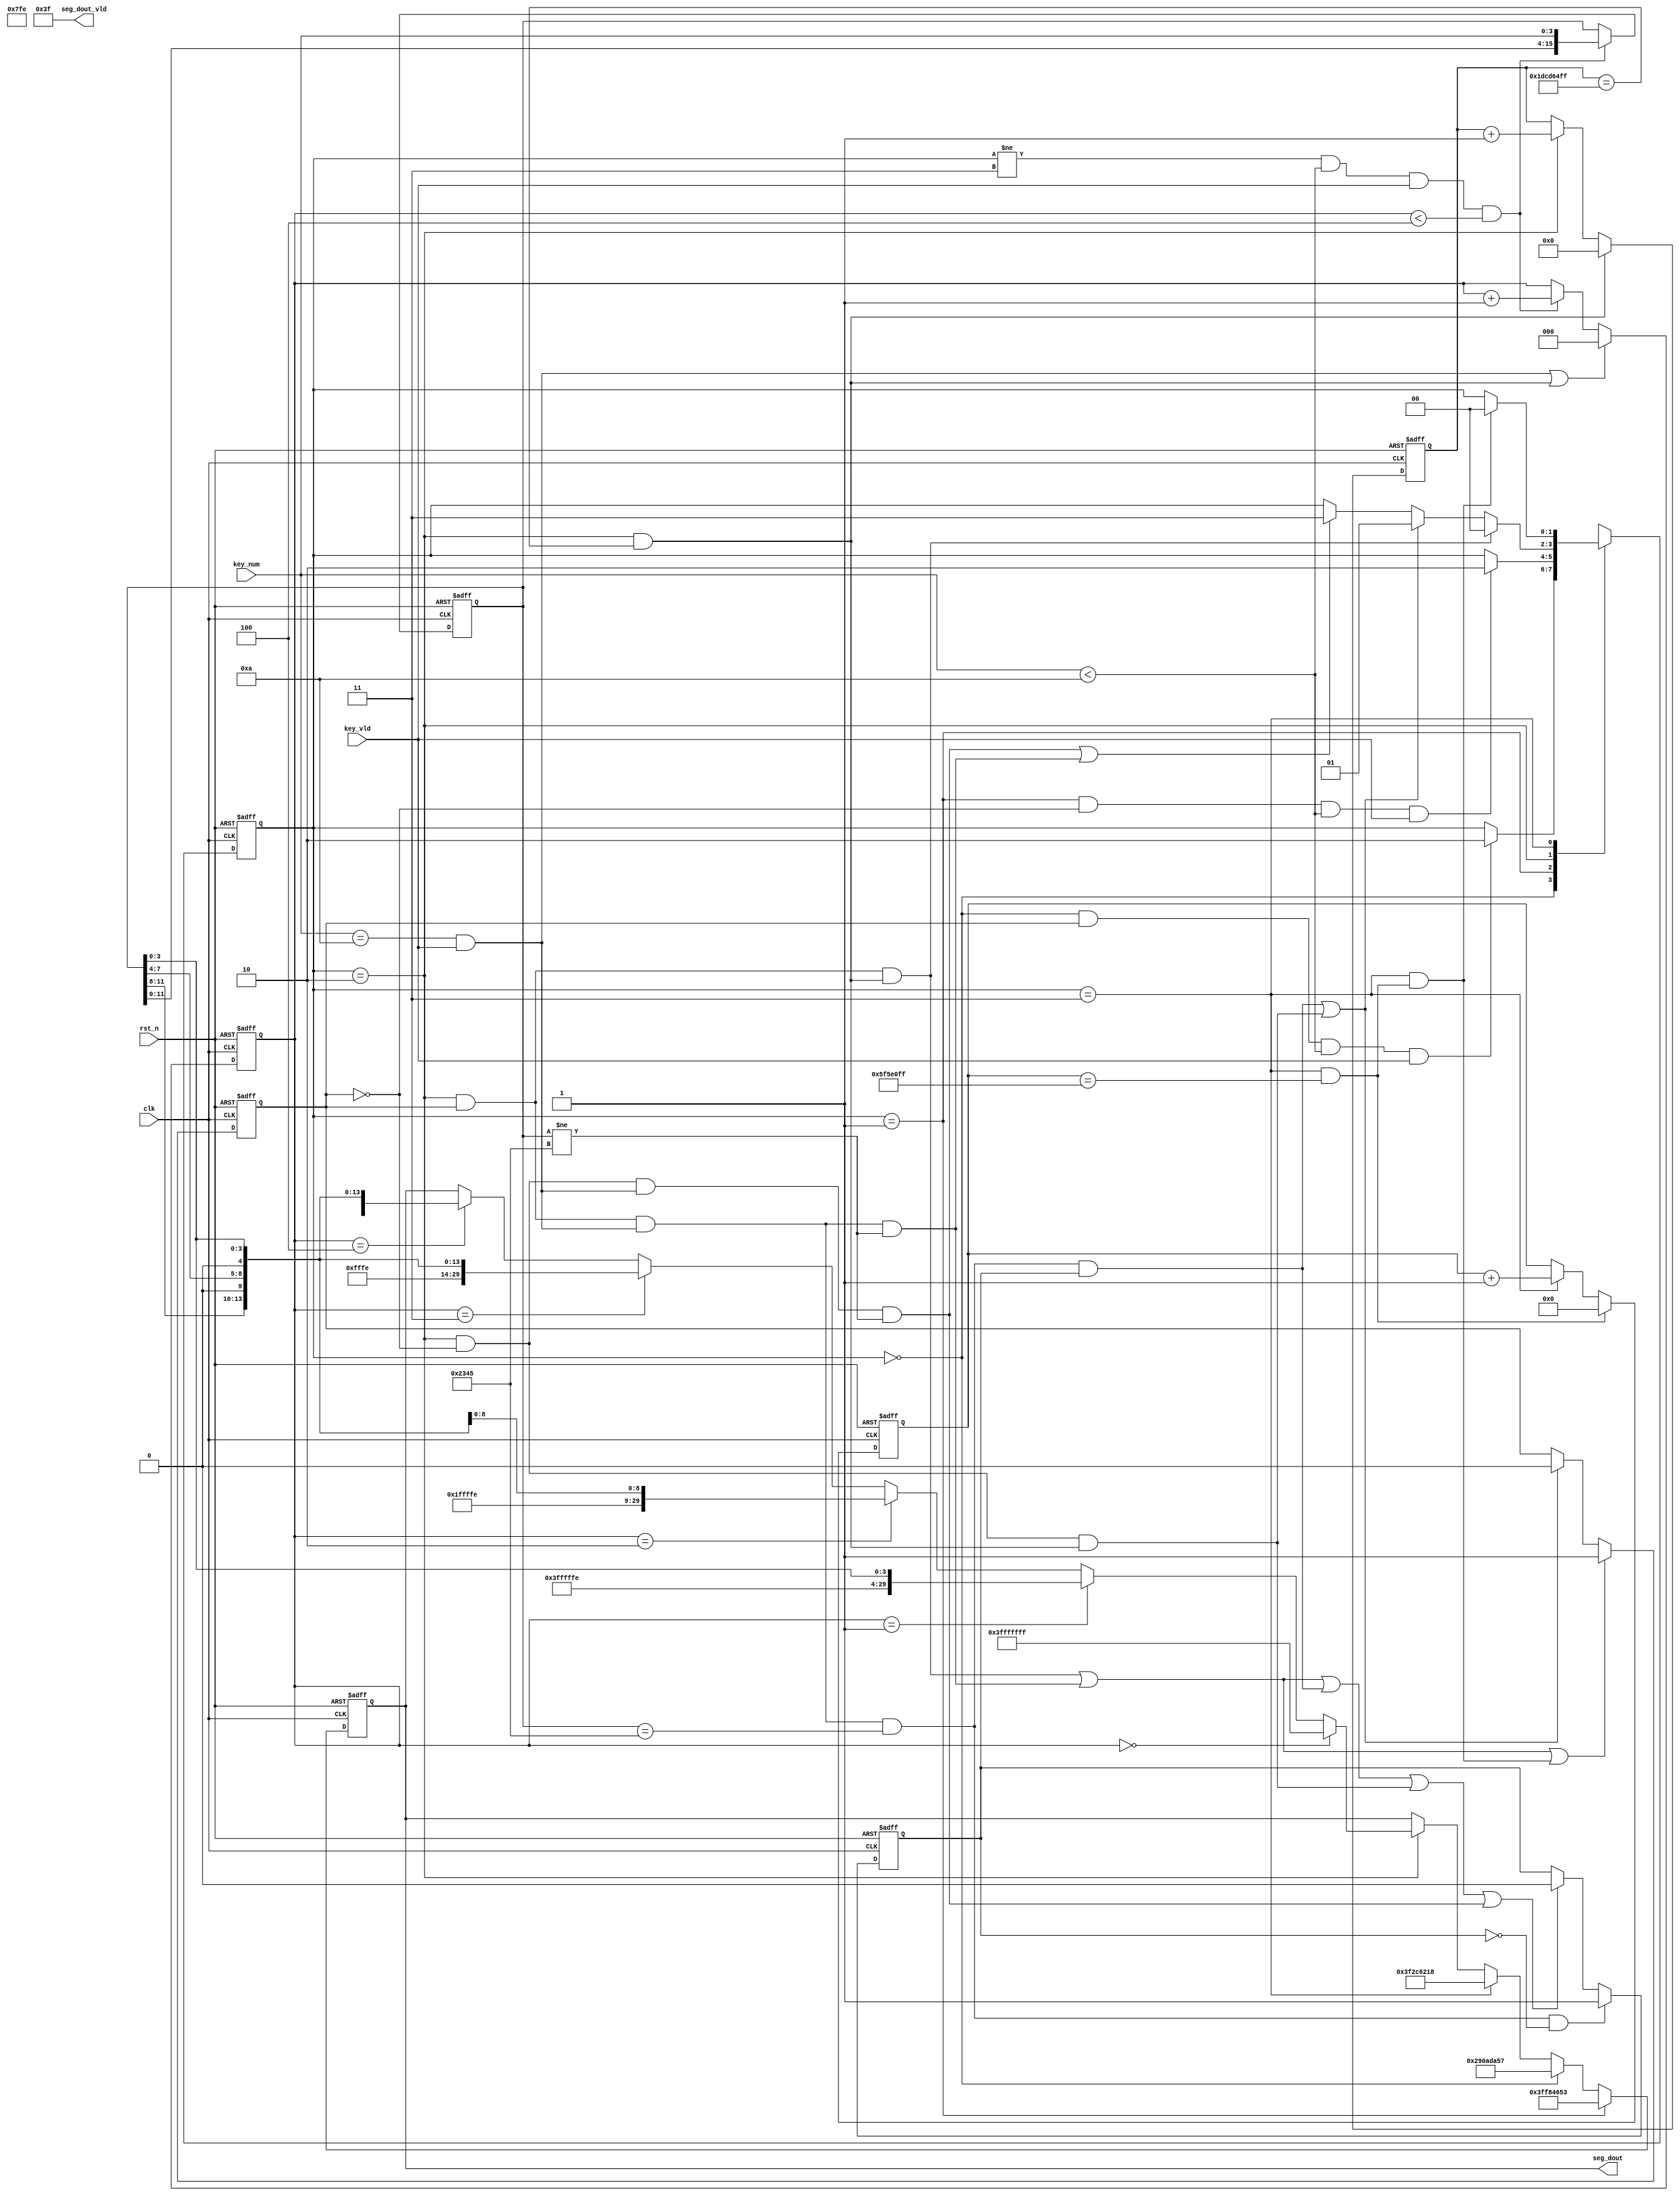
module control(
    clk             ,
    rst_n           ,

    key_num         ,
    key_vld         ,

    seg_dout        , 
    seg_dout_vld     
    
    );

   parameter PASSWORD_INI     = 16'h2345    ; 
    parameter CHAR_O           = 5'h10       ; 
    parameter CHAR_P           = 5'h11       ; 
    parameter CHAR_E           = 5'h12       ; 
    parameter CHAR_N           = 5'h13       ; 
    parameter CHAR_L           = 5'h14       ; 
    parameter CHAR_C           = 5'h15       ; 
    parameter CHAR_K           = 5'h16       ; 
    parameter CHAR_D           = 5'h17       ; 
    parameter CHAR_R           = 5'h18       ; 
    parameter NONE_DIS         = 5'h1F       ; 

    parameter C_10S_WID        = 29          ;
    parameter C_10S_NUM        = 500_000_000 ;
    parameter C_2S_WID         = 27          ;
  parameter C_2S_NUM         = 100_000_000 ;
    parameter C_PWD_WID        = 3           ;

    input               clk                 ;
    input               rst_n               ;
    input [3:0]         key_num             ;
    input               key_vld             ;

    output[6*5-1:0]     seg_dout            ;
    output[5:0]         seg_dout_vld        ;

   reg   [6*5-1:0]     seg_dout            ;
      wire  [5:0]         seg_dout_vld        ;

    reg   [1:0]         state_c   /* synthesis preserve */          ;
   reg   [1:0]         state_n             ;
    reg                 lock_stata_flag     ;
    reg                 password_correct_twice  ;
    
   reg   [C_2S_WID-1:0]    cnt_2s          ; 
    reg   [C_10S_WID-1:0]   cnt_10s_nvld    ;
    reg   [C_PWD_WID-1:0]   cnt_password    ;
    
   reg   [15:0]            password        ;
    
    parameter LOCKED    = 2'b00             ;
    parameter OPEN      = 2'b01             ;
    parameter PASSWORD  = 2'b10             ;
    parameter ERROR     = 2'b11             ;

    always@(posedge clk or negedge rst_n)begin
        if(!rst_n)begin
            state_c <= LOCKED;
        end
        else begin
            state_c <= state_n;   
               end
    end

    always@(*)begin
        case(state_c)
            LOCKED:begin
               if(locked2password_switch)begin
                   state_n = PASSWORD;
                end
                else begin
                   state_n = state_c;
                end
            end
            OPEN:begin
                if(open2password_switch)begin
                  state_n = PASSWORD;
                end
                else begin
                    state_n = state_c;
                end
           end            
            PASSWORD:begin
                if(password2locked_switch0)begin
                   state_n = LOCKED;
                end
                else if(password2open_switch0 || password2open_switch1)begin
                    state_n = OPEN;
                end
                else if(password2error_switch || password2locked_switch1)begin
                    state_n = ERROR;
                end
                else begin
                    state_n = state_c;
                end
            end
            ERROR:begin
                if(error2locked_switch0 )begin
                   state_n = LOCKED;
                end
                else begin
                    state_n = state_c;
                end
            end
            default:begin
              state_n = LOCKED;
            end
        endcase
    end
    assign locked2password_switch    = state_c==LOCKED   &&  lock_stata_flag && key_num<10 && key_vld;
    assign open2password_switch      = state_c==OPEN     && !lock_stata_flag && key_num<10 && key_vld;
    assign password2locked_switch0   = state_c==PASSWORD &&  lock_stata_flag && end_cnt_10s_nvld;
    assign password2locked_switch1   = state_c==PASSWORD &&  lock_stata_flag && confirm && password!=PASSWORD_INI ;
   assign password2open_switch0     = state_c==PASSWORD &&  lock_stata_flag && confirm && password==PASSWORD_INI &&  password_correct_twice;
    assign password2open_switch1     = state_c==PASSWORD && !lock_stata_flag && end_cnt_10s_nvld;
   assign password2error_switch     = state_c==PASSWORD && !lock_stata_flag && confirm && password!=PASSWORD_INI;
    assign error2locked_switch0      = state_c==ERROR    &&  end_cnt_2s;


    always  @(posedge clk or negedge rst_n)begin
      if(rst_n==1'b0)begin
           lock_stata_flag <= 1;
       end
       else if(password2locked_switch0 || password2locked_switch1 || error2locked_switch0)begin
            lock_stata_flag <= 1;
        end
        else if(password2open_switch0 || password2open_switch1 )begin
          lock_stata_flag <= 0;
      end
 end
   
   always  @(posedge clk or negedge rst_n)begin
       if(rst_n==1'b0)begin
           cnt_10s_nvld <= 0;
       end
        else if(end_cnt_10s_nvld)begin
            cnt_10s_nvld <= 0;
      end
        else if(add_cnt_10s_nvld)begin
            cnt_10s_nvld <= cnt_10s_nvld + 1;
        end
   end
   
   assign add_cnt_10s_nvld = state_c==PASSWORD;
    assign end_cnt_10s_nvld = add_cnt_10s_nvld && cnt_10s_nvld==C_10S_NUM-1;

   assign confirm = key_num==10 && key_vld;

    always  @(posedge clk or negedge rst_n)begin
        if(rst_n==1'b0)begin
           password_correct_twice <= 0;
       end
       else if(state_c==PASSWORD && lock_stata_flag && confirm && password==PASSWORD_INI && !password_correct_twice)begin
           password_correct_twice <= 1;
      end
       else if(password2locked_switch0 || password2locked_switch1 || password2open_switch0 || password2open_switch1 || password2error_switch)begin
            password_correct_twice <= 0;
      end
    end
    
   always  @(posedge clk or negedge rst_n)begin
        if(rst_n==1'b0)begin
         cnt_2s <= 0;
        end
       else if(end_cnt_2s )begin
           cnt_2s <= 0;
        end
       else if(add_cnt_2s )begin
           cnt_2s <= cnt_2s + 1;
        end
  end
   assign add_cnt_2s = state_c==ERROR;
    assign end_cnt_2s = add_cnt_2s && cnt_2s==C_2S_NUM-1;


   always  @(posedge clk or negedge rst_n)begin
       if(rst_n==1'b0)begin
           seg_dout <= 0;
       end
      else if(state_c==OPEN)begin
           seg_dout <= {NONE_DIS,NONE_DIS,CHAR_O,CHAR_P,CHAR_E,CHAR_N};
        end
        else if(state_c==LOCKED)begin
            seg_dout <= {CHAR_L,CHAR_O,CHAR_C,CHAR_K,CHAR_E,CHAR_D};
        end
        else if(state_c==ERROR)begin
            seg_dout <= {NONE_DIS,CHAR_E,CHAR_R,CHAR_R,CHAR_O,CHAR_R};
        end
        else if(state_c==PASSWORD)begin
           if(cnt_password==0)
                seg_dout <= {NONE_DIS,NONE_DIS,NONE_DIS,NONE_DIS,NONE_DIS,NONE_DIS};
           else if(cnt_password==1)
               seg_dout <= {NONE_DIS,NONE_DIS,NONE_DIS,NONE_DIS,NONE_DIS,{1'b0,password[3:0]}};
           else if(cnt_password==2)
              seg_dout <= {NONE_DIS,NONE_DIS,NONE_DIS,NONE_DIS,{1'b0,password[7:4]},{1'b0,password[3:0]}};
            else if(cnt_password==3)
                seg_dout <= {NONE_DIS,NONE_DIS,NONE_DIS,{1'b0,password[11:8]},{1'b0,password[7:4]},{1'b0,password[3:0]}};
            else if(cnt_password==4)
                seg_dout <= {NONE_DIS,NONE_DIS,{1'b0,password[15:12]},{1'b0,password[11:8]},{1'b0,password[7:4]},{1'b0,password[3:0]}};
        end
    end
    
  assign seg_dout_vld = 6'b11_1111;

 
   always  @(posedge clk or negedge rst_n)begin
       if(rst_n==1'b0)begin
          cnt_password <= 0;
       end
       else if(end_cnt_password)begin
           cnt_password <= 0;
        end
       else if(add_cnt_password)begin
            cnt_password <= cnt_password + 1;
       end
   end
   assign add_cnt_password = state_c!=ERROR && key_num<10 && key_vld && cnt_password<4;
   assign end_cnt_password = confirm || end_cnt_10s_nvld;

   always  @(posedge clk or negedge rst_n)begin
        if(rst_n==1'b0)begin
            password <= 16'h0000;
       end
        else if(add_cnt_password)begin
           password <= {password[11:0],key_num};
       end
   end


  endmodule